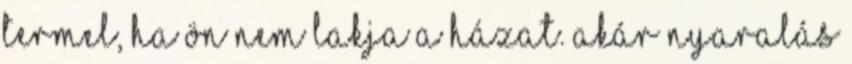
termel, ha Ön nem lakja a házat. Akár nyaralás